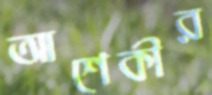
আশেকীর